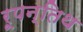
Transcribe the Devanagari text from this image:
रूपन्तिथ